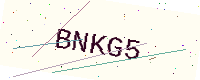
Text: BNKG5